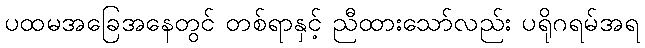
ပထမအခြေအနေတွင် တစ်ရာနှင့် ညီထားသော်လည်း ပရိုဂရမ်အရ